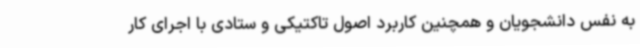
به نفس دانشجویان و همچنین کاربرد اصول تاکتیکی و ستادی با اجرای کار